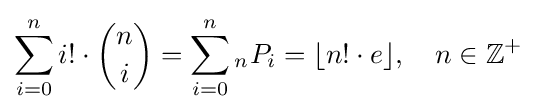
\sum _{i=0}^{n}i!\cdot {n \choose i}=\sum _{i=0}^{n}{}_{n}P_{i}=\lfloor n!\cdot e\rfloor ,\quad n\in \mathbb {Z} ^{+}